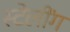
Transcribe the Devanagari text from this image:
स्टेलींग